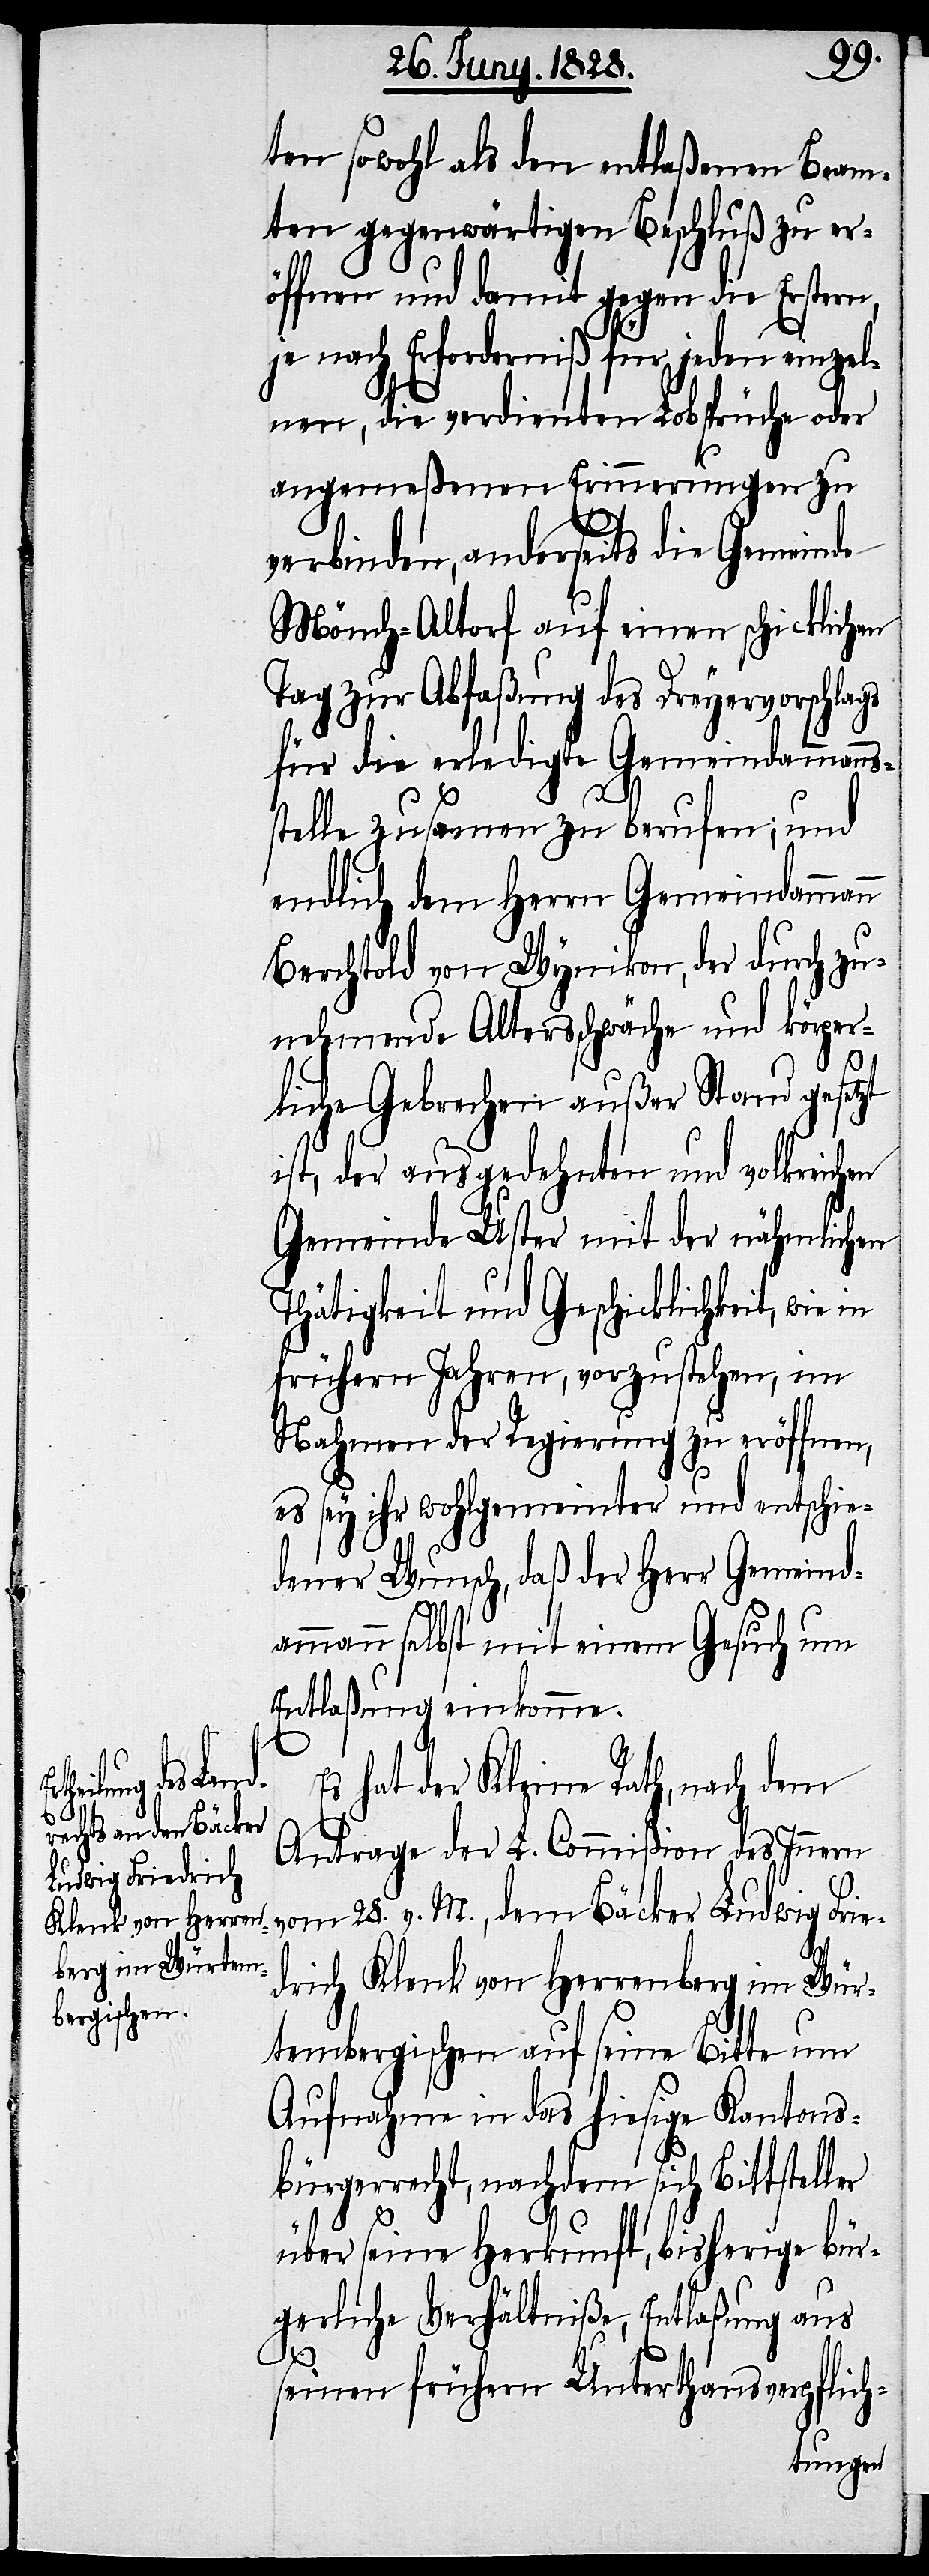
ten sowohl als den entlaßenen Beam¬
ten gegenwärtigen Beschluß zu er¬
öffnen und damit gegen die Erstern,
je nach Erforderniß für jeden einzel¬
nen, die verdienten Lobsprüche oder
angemeßenen Erinnerungen zu
verbinden, anderseits die Gemeinde
Mönch-Altorf auf einen schicklichen
ns¬
Tag zur Abfaßung des Dreyervorschlags
für die erledigte Gemeindamman¬
stelle zusammen zu berufen; und
endlich dem Herrn Gemeindammann
Berchthold von Wynikon, der durch zu¬
nehmende Altersschwäche und körper¬
liche Gebrechen außer Stand gesetzt
ist, der ausgedehnten und volkreichen
Gemeinde Uster mit der nähmlichen
Thätigkeit und Geschicklichkeit, wie
frühern Jahren, vorzustehen, im
Nahmen der Regierung zu eröffnen,
es sey ihr wohlgemeinter und entschei¬
dender Wunsch, daß der Herr Gemeind¬
ammann selbst mit einem Gesuch um
Entlaßung einkomme.
Es hat der Kleine Rath, nach dem
Antrage der L. Commißion des Innern
vom 28. v. M., dem Bäcker Ludwig Frie¬
drich Klenk von Herrenberg im Wür¬
tembergischen auf seine Bitte um
Aufnahme in das hiesige Kantons¬
bürgerrecht, nachdem sich Bittstell¬
er
über seine Herkunft, bisherige bür¬
gerlicher Verhältniße, Entlaßung aus
seinen frühern Unterthansverpflich-